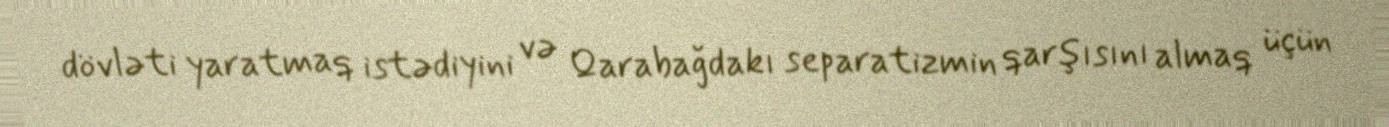
dövləti yaratmaq istədiyini və Qarabağdakı separatizmin qarşısını almaq üçün